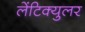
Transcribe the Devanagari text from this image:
लेंटिक्युलर